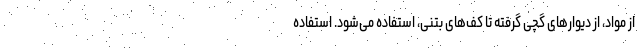
از مواد، از دیوارهای گچی گرفته تا کف‌های بتنی، استفاده می‌شود. استفاده